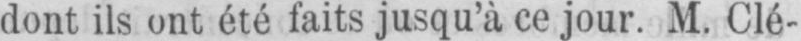
dont ils ont été faits jusqu’à ce jour. M. Clé-